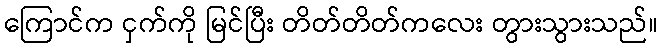
ကြောင်က ငှက်ကို မြင်ပြီး တိတ်တိတ်ကလေး တွားသွားသည်။